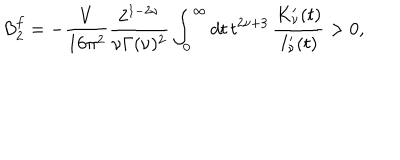
B _ { 2 } ^ { f } = - \frac { V } { 1 6 \pi ^ { 2 } } \frac { 2 ^ { 1 - 2 \nu } } { \nu \Gamma ( \nu ) ^ { 2 } } \int _ { 0 } ^ { \infty } d t \, t ^ { 2 \nu + 3 } \, \frac { K _ { \nu } ^ { \prime } ( t ) } { I _ { \nu } ^ { \prime } ( t ) } > 0 ,